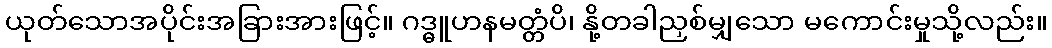
ယုတ်သောအပိုင်းအခြားအားဖြင့်။ ဂဒ္ဓူဟနမတ္တံပိ၊ နို့တခါညှစ်မျှသော မကောင်းမှုသို့လည်း။